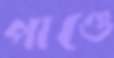
পাণ্ডে